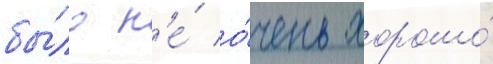
бы́ло н'е́ о́чень хорошо́